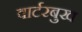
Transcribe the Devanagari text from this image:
वार्टरबुख